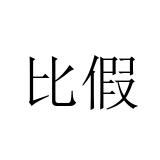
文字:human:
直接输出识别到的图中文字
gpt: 比假